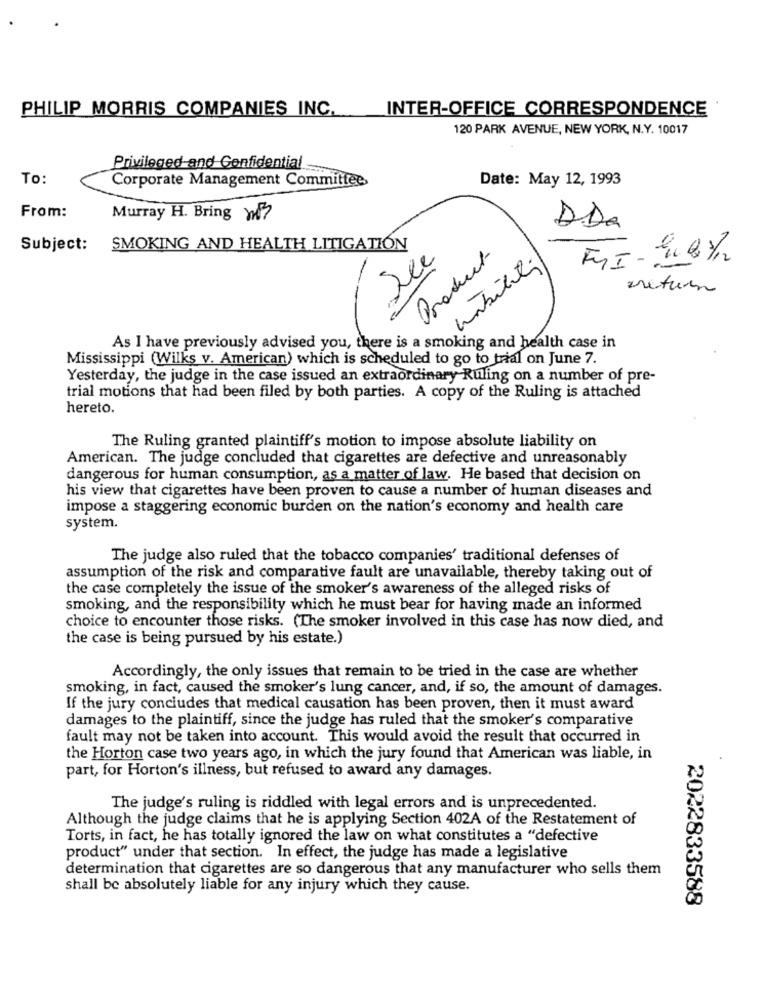
PHILIP MORRIS COMPANIES INC.
INTER-OFFICE CORRESPONDENCE
120 PARK AVENUE, NEW YORK, N.Y. 10017
Privileged and Confidential
To:
Corporate Management Committee,
Date: May 12, 1993
From:
Murray H. Bring W
DDa
Subject: SMOKING AND HEALTH LITIGATION
Product
areturn
As I have previously advised you, there is a smoking and health case in
Mississippi (Wilks v. American) which is scheduled to go to trial on June 7.
Yesterday, the judge in the case issued an extraordinary Ruling on a number of pre-
trial motions that had been filed by both parties. A copy of the Ruling is attached
hereto.
The Ruling granted plaintiff's motion to impose absolute liability on
American. The judge concluded that cigarettes are defective and unreasonably
dangerous for human consumption, as a matter of law. He based that decision on
his view that cigarettes have been proven to cause a number of human diseases and
impose a staggering economic burden on the nation's economy and health care
system.
The judge also ruled that the tobacco companies' traditional defenses of
assumption of the risk and comparative fault are unavailable, thereby taking out of
the case completely the issue of the smoker's awareness of the alleged risks of
smoking, and the responsibility which he must bear for having made an informed
choice to encounter those risks. (The smoker involved in this case has now died, and
the case is being pursued by his estate.)
Accordingly, the only issues that remain to be tried in the case are whether
smoking, in fact, caused the smoker's lung cancer, and, if so, the amount of damages.
If the jury concludes that medical causation has been proven, then it must award
damages to the plaintiff, since the judge has ruled that the smoker's comparative
fault may not be taken into account. This would avoid the result that occurred in
the Horton case two years ago, in which the jury found that American was liable, in
part, for Horton's illness, but refused to award any damages.
The judge's ruling is riddled with legal errors and is unprecedented.
Although the judge claims that he is applying Section 402A of the Restatement of
Torts, in fact, he has totally ignored the law on what constitutes a "defective
product" under that section. In effect, the judge has made a legislative
determination that cigarettes are so dangerous that any manufacturer who sells them
shall be absolutely liable for any injury which they cause.
2022833588